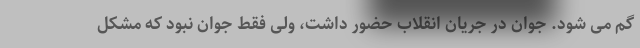
گم می شود. جوان در جریان انقلاب حضور داشت، ولی فقط جوان نبود که مشکل